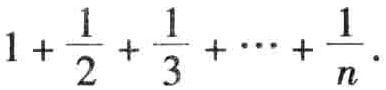
$1+\frac{1}{2}+\frac{1}{3}+\cdots+\frac{1}{n}$